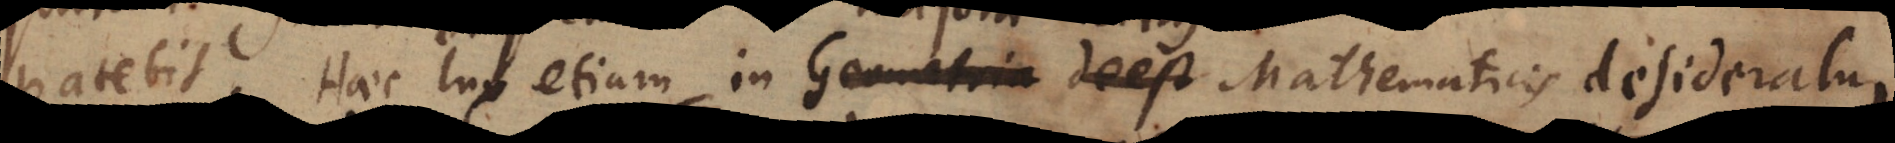
patebit. Haec lux etiam in Geometria de est Mathematicis desideratur